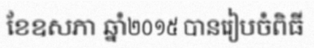
ខែឧសភា ឆ្នាំ២០១៥ បានរៀបចំពិធី